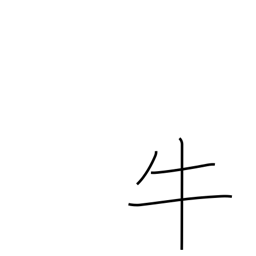
Meaning: cow